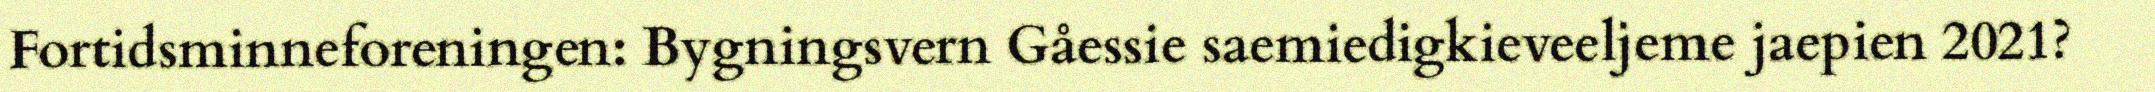
Fortidsminneforeningen: Bygningsvern Gåessie saemiedigkieveeljeme jaepien 2021?